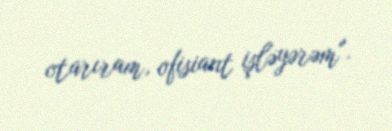
otarıram, ofisiant işləyərəm".